Vaccination in Bombay 1913-1923 - 1913-1923
Year: 1913
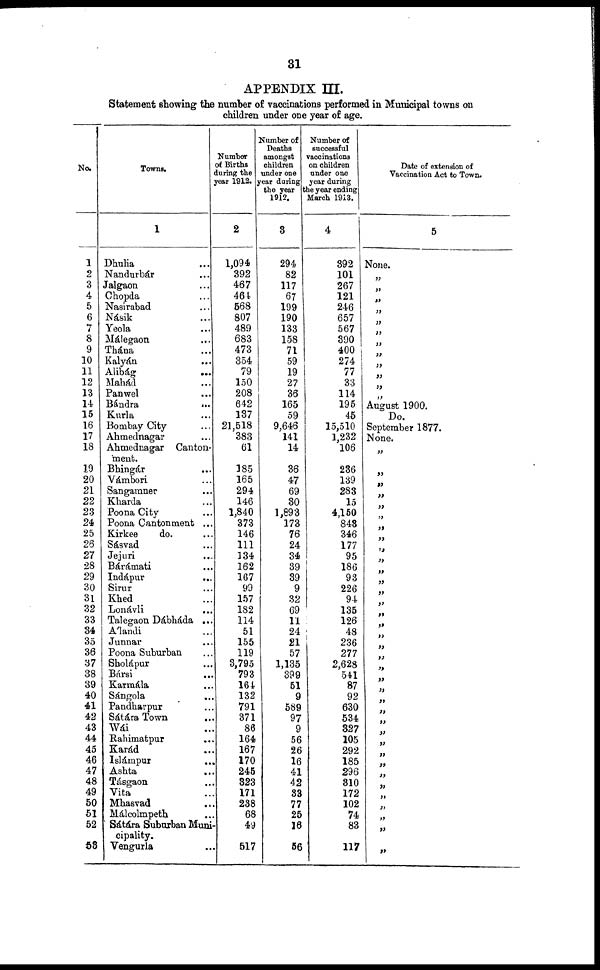
31
APPENDIX III.
Statement showing the number of vaccinations performed in Municipal towns on
children under one year of age.
No.
1
2
3
4
5
6
7
8
9
10
11
12
13
14
15
16
17
18
19
20
21
22
23
24
25
26
21
28
29
30
31
32
33
34
35
36
37
38
39
40
41
42
43
44
45
46
47
48
49
50
51
52
53
Towns.
1
Dhulia ...
Nandurbár ...
Jalgaon ...
Chopda ...
Nasirabad ...
Násik ...
Yeola ...
Málegaon ...
Thána ...
Kalyán ...
Alibág
...
Mahád ...
Panwel
Bándra
...
Kurla ...
Bombay City ...
Ahmednagar ...
Ahmednagar Canton-
ment.
Bhingár ...
Vámbori ...
Sangamner ...
Kharda ...
Poona City ...
Poona Cantonment ...
Kirkee
do. ...
Sásvad ...
Jejuri ...
Bárámati
Indápur
...
Sirur ...
Khed ...
Lonávli
Talegaon Dábháda ...
Álandi ...
Junnar ...
Poona Suburban ...
Sholápur ...
Bársi ...
Karmála ...
Sángola
...
Pandharpur ...
Sátára Town ...
Wái ...
Rahimatpur ...
Karád ...
Islámpur ...
Ashta ...
Tásgaon ...
Vita ...
Mhasvad ...
Málcolmpeth ...
Sátára Suburban Muni-
cipality.
Vengurla ...
Number
of Births
during the
year 1912.
2
1,094
392
467
464
568
807
489
683
473
354
79
150
208
642
137
21,518
383
61
185
165
294
146
1,840
373
146
111
134
162
167
99
157
182
114
51
155
119
3,795
793
164
132
791
371
86
164
167
170
245
323
171
238
68
49
517
Number of
Deaths
amongst
children
under one
year during
the year
1912.
3
294
82
117
67
199
190
133
158
71
59
19
27
36
165
59
9,646
141
14
36
47
69
30
1,893
173
76
24
34
39
39
9
32
69
11
24
21
57
1,135
399
51
9
589
97
9
56
26
16
41
42
33
77
25
16
56
Number of
successful
vaccinations
on children
under one
year during
the year ending
March 1913.
4
392
101
267
121
246
657
567
390
400
274
77
33
114
195
45
15,510
1,232
106
286
139
283
15
4,150
843
346
177
95
186
93
226
94
135
126
48
236
277
2,628
541
87
92
630
534
827
105
292
185
296
310
172
102
74
83
117
Date of extension of
Vaccination Act to Town.
5
None.
„
„
„
„
„
„
„
„
„
„
„
„
August 1900.
Do.
September 1877.
None.
„
„
„
„
„
„
„
„
„
„
„
„
„
„
„
„
„
„
„
„
„
„
„
„
„
„
„
„
„
„
„
„
„
„
„
„